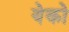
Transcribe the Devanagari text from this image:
येको